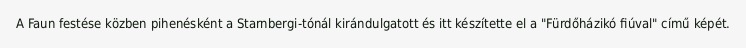
A Faun festése közben pihenésként a Starnbergi-tónál kirándulgatott és itt készítette el a "Fürdőházikó fiúval" című képét.